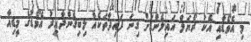
މި އެވޯޑާއި އެކު ރޯޔަލް އައިލެންޑަށް ގިނަ ފައިދާތަކެއް ލިބިގެންދާއިރު އެވޯޑުގެ މީޑިއާ